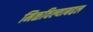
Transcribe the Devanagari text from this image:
मिळविल्याबद्दल